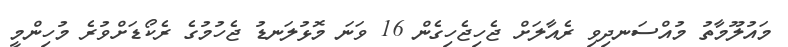
މައުލޫމާތު މުއްސަނދިވި ރެއާލަށް ޖެހިޖެހިގެން 16 ވަނަ މޮޅުލަނޑު ޖެހުމުގެ ރެކޯޑަށްވުރެ މުހިންމީ